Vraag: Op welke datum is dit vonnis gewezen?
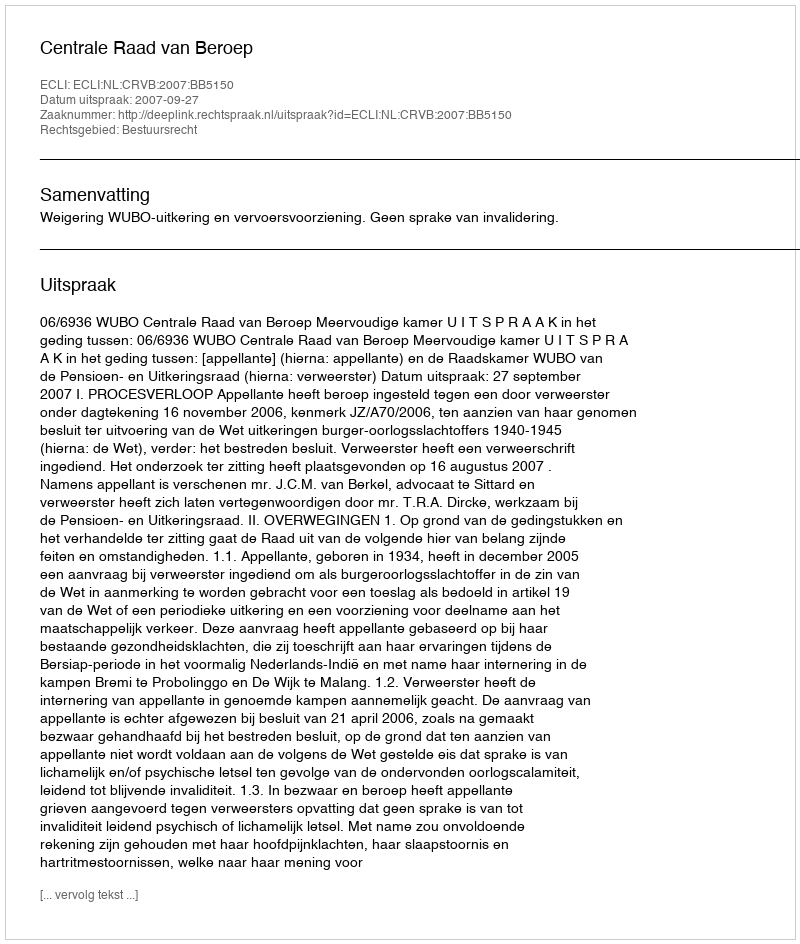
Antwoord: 2007-09-27